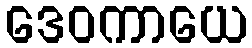
ဒေဝကာယေ